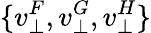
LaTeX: \{ v_{\bot}^{F},v_{\bot}^{G},v_{\bot}^{H}\}